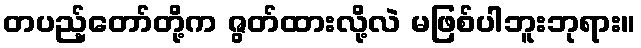
တပည့်တော်တို့က ဇွတ်ထားလို့လဲ မဖြစ်ပါဘူးဘုရား။